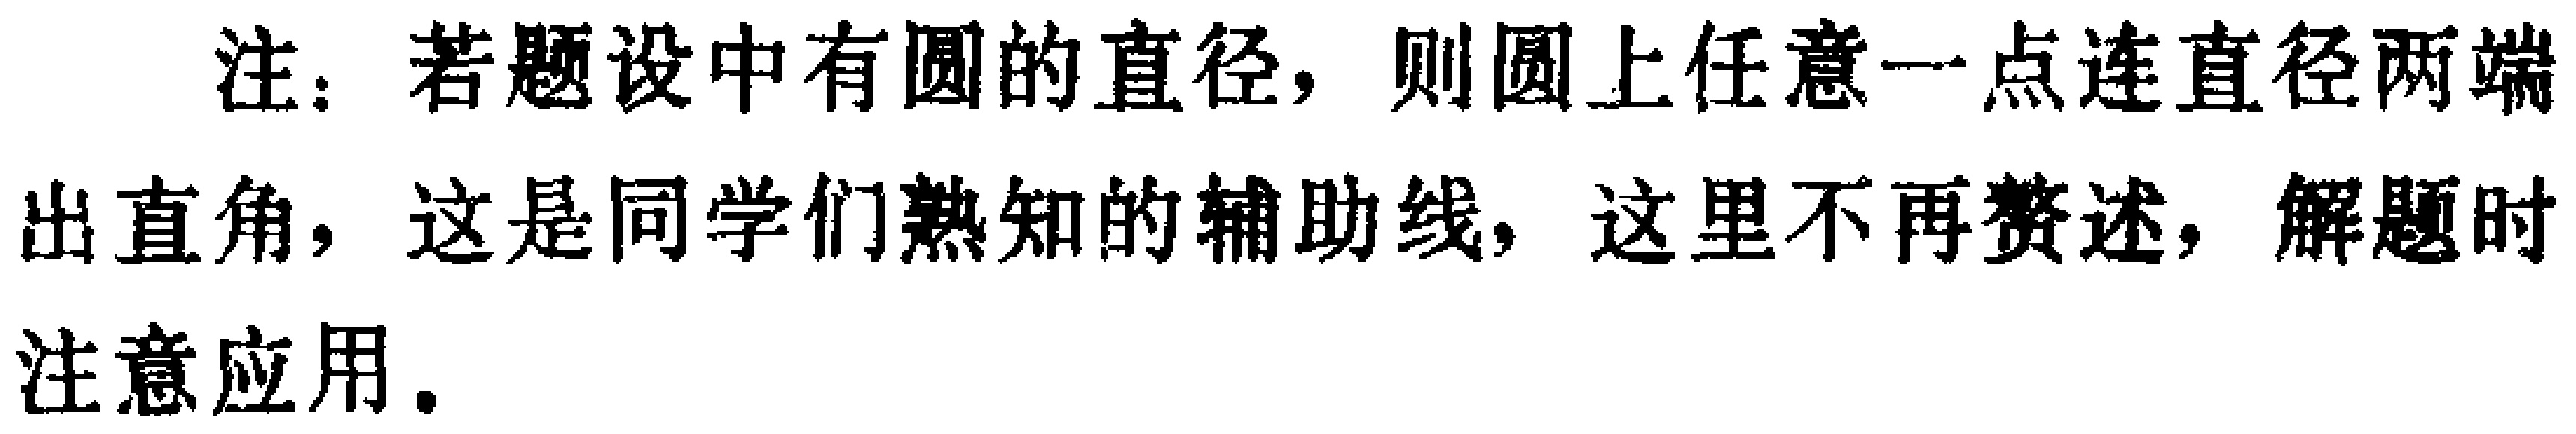
注：若题设中有圆的直径，则圆上任意一点连直径两端出直角，这是同学们熟知的辅助线，这里不再赘述，解题时注意应用。